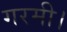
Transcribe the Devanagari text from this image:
गरमी।